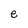
Character: e